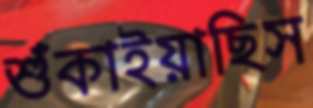
শুঁকাইয়াছিস